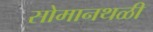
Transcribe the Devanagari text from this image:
सोमानथळी